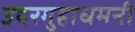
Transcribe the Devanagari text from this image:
उदरगुहाधमनी